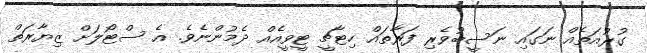
ގުރުއަތެއް ނަގައި ނަސީބުވެރި ފަރާތައް ހިޓާޗީ ޓީވީއެއް ދެމުންނެވެ. އެ ސްޓޯލަށް ޒިޔާރަތް